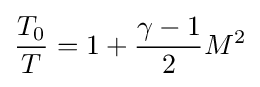
{\frac {T_{0}}{T}}=1+{\frac {\gamma -1}{2}}M^{2}